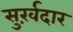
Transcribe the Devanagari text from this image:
सुर्ख़दार